Lunatic asylums United Provinces 1899-1908 - 1899-1908
Year: 1899
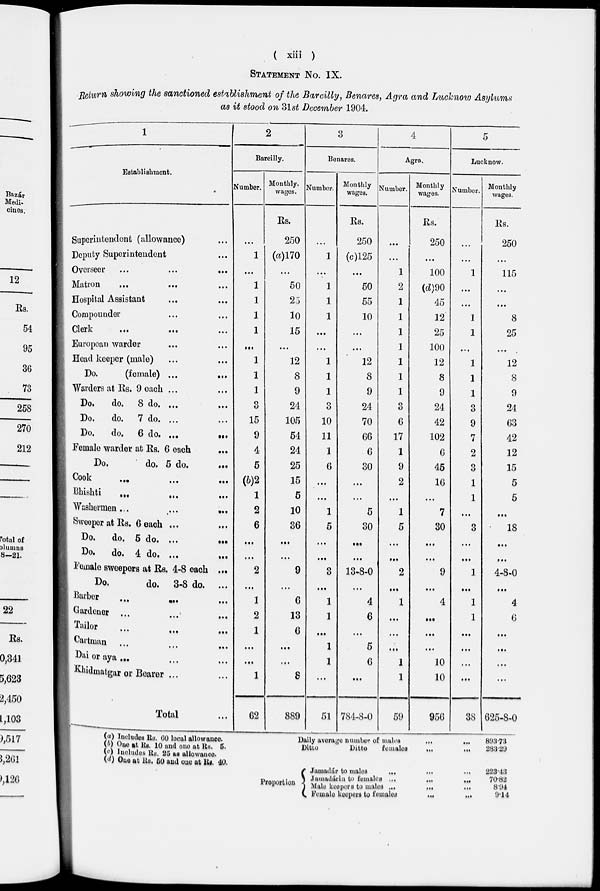
( xiii )
STATEMENT No. IX.
Return showing the sanctioned establishment of the Bareilly, Benares, Agra and Lucknow Asylums
as it stood on 31st December 1904.
1
Establishment.
Superintendent (allowance) ...
Deputy Superintendent ...
Overseer ...
...
...
Matron
...
...
Hospital Assistant ... ...
Compounder ... ...
Clerk
...
... ...
European warder ... ...
Head keeper (male) ... ...
Do.
(female) ...
...
Warders at Rs. 9 each ... ...
Do.
do. 8 do. ... ...
Do.
do. 7 do. ... ...
Do.
do. 6 do. ...
Female warder at Rs. 6 each
...
Do.
do. 5 do.
...
Cook ... ... ...
Bhishti ... ... ...
Washermen...
...
...
Sweeper at Rs. 6 each ... ...
Do.
do. 6 do. ...
...
Do. do. 4 do. ...
...
Female sweepers at Rs. 4-8 each ...
Do.
do. 3-8 do. ...
Barber
...
...
...
Gardener ...
...
...
Tailor
...
...
...
Cartman... ... ...
Dai or aya... ... ...
Khidmatgar or Bearer ... ...
Total ...
2
Bareilly.
Number.
...
1
...
1
1
1
1
...
1
1
1
3
15
9
4
5
(b)2
1
2
6
...
...
2
...
1
2
1
...
...
1
62
Monthly
wages.
Rs.
250
(a)170
...
50
23
10
15
...
12
8
9
24
105
54
24
25
15
5
10
36
...
...
9
...
6
13
6
...
...
8
889
3
Benares.
Number.
...
1
...
1
1
1
...
...
1
1
1
3
10
11
1
6
...
...
1
5
...
...
3
...
1
1
...
1
1
...
51
Monthly
wages.
Rs.
250
(c)125
...
50
55
10
...
...
12
8
9
24
70
66
6
30
...
...
5
30
...
...
13-8-0
...
4
6
...
5
6
...
784-8-0
4
Agra.
Number.
...
...
1
2
1
1
1
1
1
1
1
3
6
17
1
9
2
...
1
5
...
...
2
...
1
...
...
...
1
1
59
Monthly
wages.
Rs.
250
...
100
(d)90
45
12
25
100
12
8
9
24
42
102
6
45
16
...
7
30
...
...
9
...
4
...
...
...
10
10
956
5
Lucknow.
Number.
...
...
1
...
...
1
1
...
1
1
1
3
9
7
2
3
1
1
...
3
...
...
1
...
1
1
...
...
...
...
38
Monthly
wages.
Rs.
250
...
115
...
...
8
25
...
12
8
9
24
63
42
12
15
5
5
...
18
...
...
4-8-0
...
4
6
...
...
...
...
625-8-0
(a) Includes Rs.60 local allowance.
(b) One at Rs. 10 and one at Rs. 5.
(c) lucludes Rs. 25 as allowance.
(d) One at Rs. 50 and one at lis. 40.
Daily average number of males
...
...
Ditto
Ditto
females
...
...
803.73
283.29
Proportion
Jamadár to males
...
...
...
Jamadárin to females ...
...
...
Male keepers to males ...
...
...
Female keepers to females
...
...
223.43
70.82
8.94
9.14